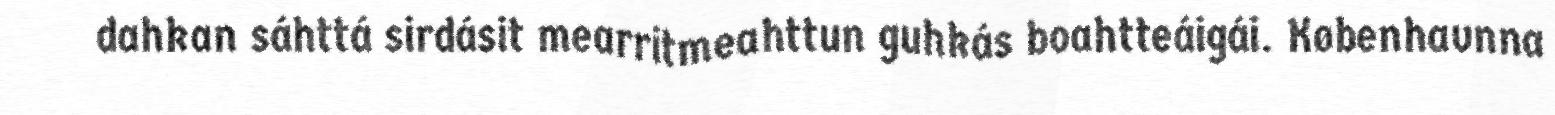
dahkan sáhttá sirdásit mearritmeahttun guhkás boahtteáigái. Københavnna